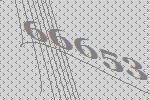
66653